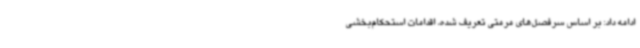
ادامه داد: بر اساس سرفصل‌های مرمتی تعریف ‌شده، اقدامات استحکام‌بخشی